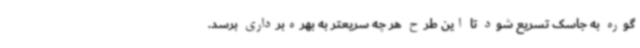
گوره به جاسک تسریع شود تا این طرح هر چه سریعتر به بهره‌برداری برسد.